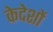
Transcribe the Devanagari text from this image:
केदेशों